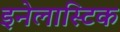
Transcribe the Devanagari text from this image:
इनेलास्टिक